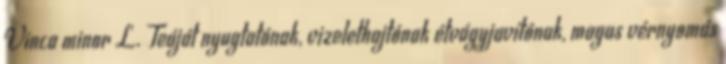
Vinca minor L. Teáját nyugtatónak, vizelethajtónak étvágyjavítónak, magas vérnyomás